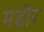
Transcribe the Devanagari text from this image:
मंढोर